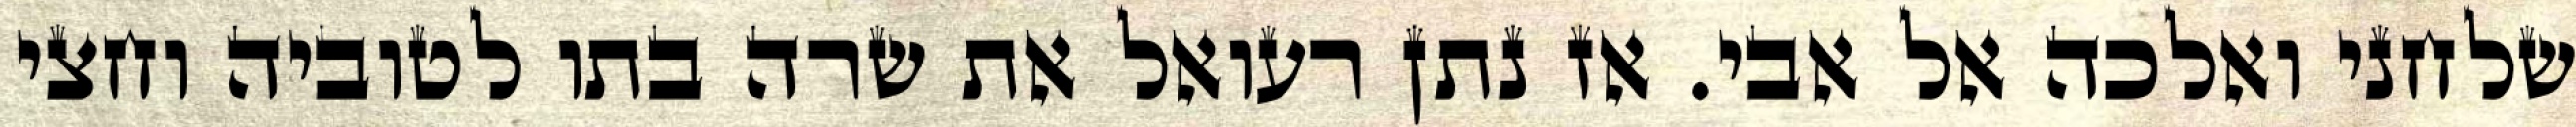
שלחני ואלכה אל אבי. אז נתן רעואל את שרה בתו לטוביה וחצי